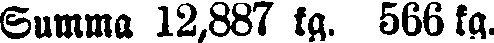
Summa 12,887 kg. 566 kg.